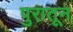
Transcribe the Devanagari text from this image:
पुरातून